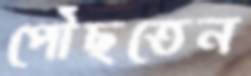
পৌঁছতেন